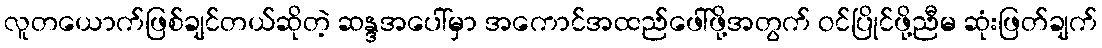
လူတယောက်ဖြစ်ချင်တယ်ဆိုတဲ့ ဆန္ဒအပေါ်မှာ အကောင်အထည်ဖေါ်ဖို့အတွက် ဝင်ပြိုင်ဖို့ညီမ ဆုံးဖြတ်ချက်